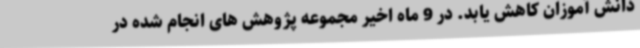
دانش آموزان کاهش یابد. در 9 ماه اخیر مجموعه پژوهش های انجام شده در